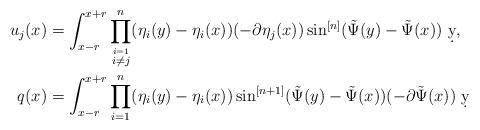
LaTeX: \begin{align*}u_j(x) &= \int_{x-r}^{x+r} \prod_{\stackrel{i=1}{i\neq j}}^n(\eta_i(y)-\eta_i(x))(-\partial \eta_j(x))\sin^{[n]}(\tilde \Psi(y)-\tilde\Psi(x))\ \d y,\\q(x) &= \int_{x-r}^{x+r} \prod_{i=1}^n(\eta_i(y)-\eta_i(x))\sin^{[n+1]}(\tilde \Psi(y)-\tilde \Psi(x))(-\partial \tilde \Psi(x)) \ \d y\end{align*}